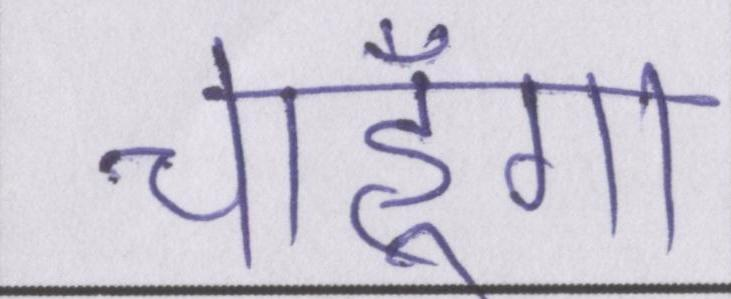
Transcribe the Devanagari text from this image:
चाहूँगा